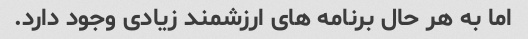
اما به هر حال برنامه های ارزشمند زیادی وجود دارد.